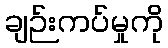
ချဉ်းကပ်မှုကို